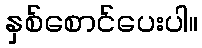
နှစ်စောင်ပေးပါ။